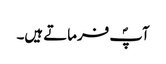
آپؐ فرماتے ہیں۔